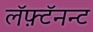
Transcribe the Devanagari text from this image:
लॅफ़्टॅनन्ट